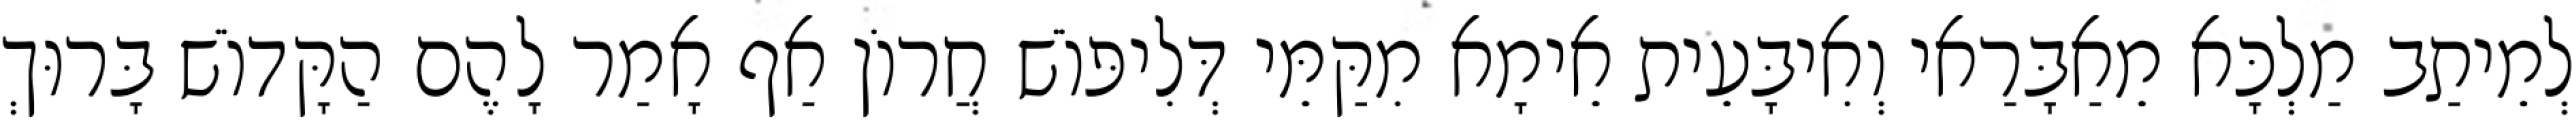
לְמֵיתַב מַלְכָּא מֵאַבָּרַאי וְאִיבָּעֵית אֵימָא מִקַּמֵּי דְּלִיפּוֹשׁ חֲרוֹן אַף אָמַר לָהֶם הַקָּדוֹשׁ בָּרוּךְ